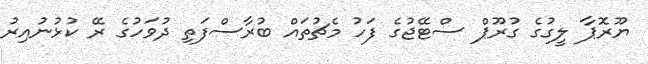
ޔޫރޮޕާ ލީގުގެ ގުރޫޕް ސްޓޭޖުގެ ފަހު މެޗުތައް ބުރާސްފަތި ދުވަހުގެ ރޭ ކުޅުނުއިރު